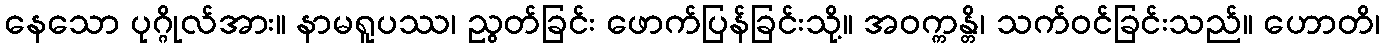
နေသော ပုဂ္ဂိုလ်အား။ နာမရူပဿ၊ ညွတ်ခြင်း ဖောက်ပြန်ခြင်းသို့။ အဝက္ကန္တိ၊ သက်ဝင်ခြင်းသည်။ ဟောတိ၊